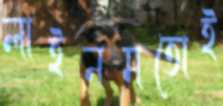
লাইনমতোই